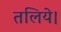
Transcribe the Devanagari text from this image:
तलिये।